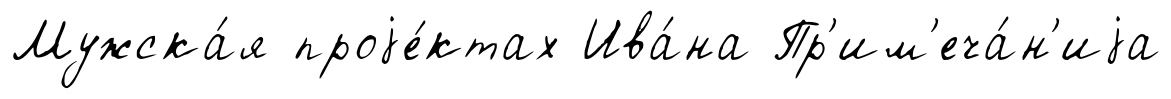
Мужска́я проjе́ктах Ива́на Пр'им'еча́н'иjа